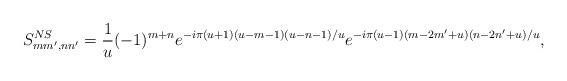
LaTeX: \begin{align*}S^{NS}_{mm',nn'}=\frac{1}{u} (-1)^{m+n}e^{-i\pi(u+1)(u-m-1)(u-n-1)/u} e^{-i\pi(u-1)(m-2m'+u)(n-2n'+u)/u},\end{align*}